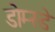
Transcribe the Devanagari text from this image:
डोम्स्डे